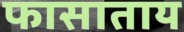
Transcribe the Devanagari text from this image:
फासाताय